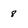
Character: 8